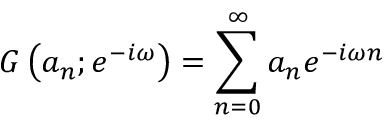
G \left( a _ { n } ; e ^ { - i \omega } \right) = \sum _ { n = 0 } ^ { \infty } a _ { n } e ^ { - i \omega n }